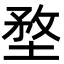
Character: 堥